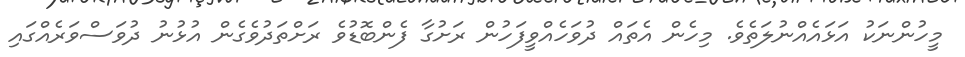
މީހުންނަކު އަޅައެއްނުލަތެވެ. މިހެން އެތައް ދުވަހެއްވީފަހުން ރަށުގާ ފެންބޮޑުވެ ރަށްތަދުވެގެން އުޅުނު ދުވަސްވަރެއްގައި